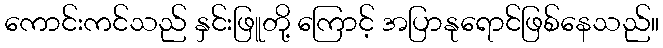
ကောင်းကင်သည် နှင်းဖြူတို့ ကြောင့် အပြာနုရောင်ဖြစ်နေသည်။